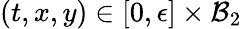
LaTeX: (t,x,y)\in[0,\epsilon]\times\mathcal{B}_{2}